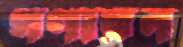
গণায়ন